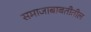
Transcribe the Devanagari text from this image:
समाजाबाबतीतील